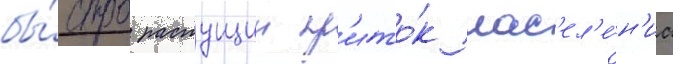
бы́стро растущии пр'ито́к нас'ел'е́н'иа